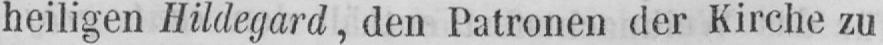
heiligen Hildegard, den Patronen der Kirche zu